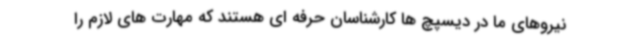
نیروهای ما در دیسپچ ها کارشناسان حرفه ای هستند که مهارت های لازم را